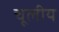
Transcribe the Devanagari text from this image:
चूलीय